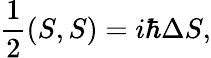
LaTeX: {\frac{1}{2}}(S,S)=i\hbar\Delta S,